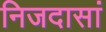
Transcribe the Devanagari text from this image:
निजदासां